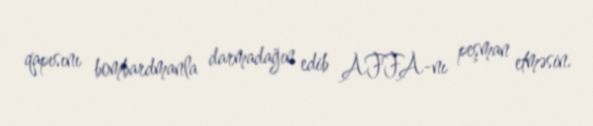
qapısını bombardmanla darmadağın edib AFFA-nı peşman etməsin.